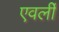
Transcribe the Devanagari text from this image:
एवर्ली